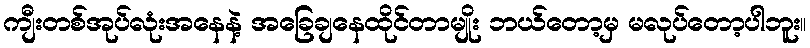
ကျီးတစ်အုပ်လုံးအနေနဲ့ အခြေချနေထိုင်တာမျိုး ဘယ်တော့မှ မလုပ်တော့ပါဘူး။